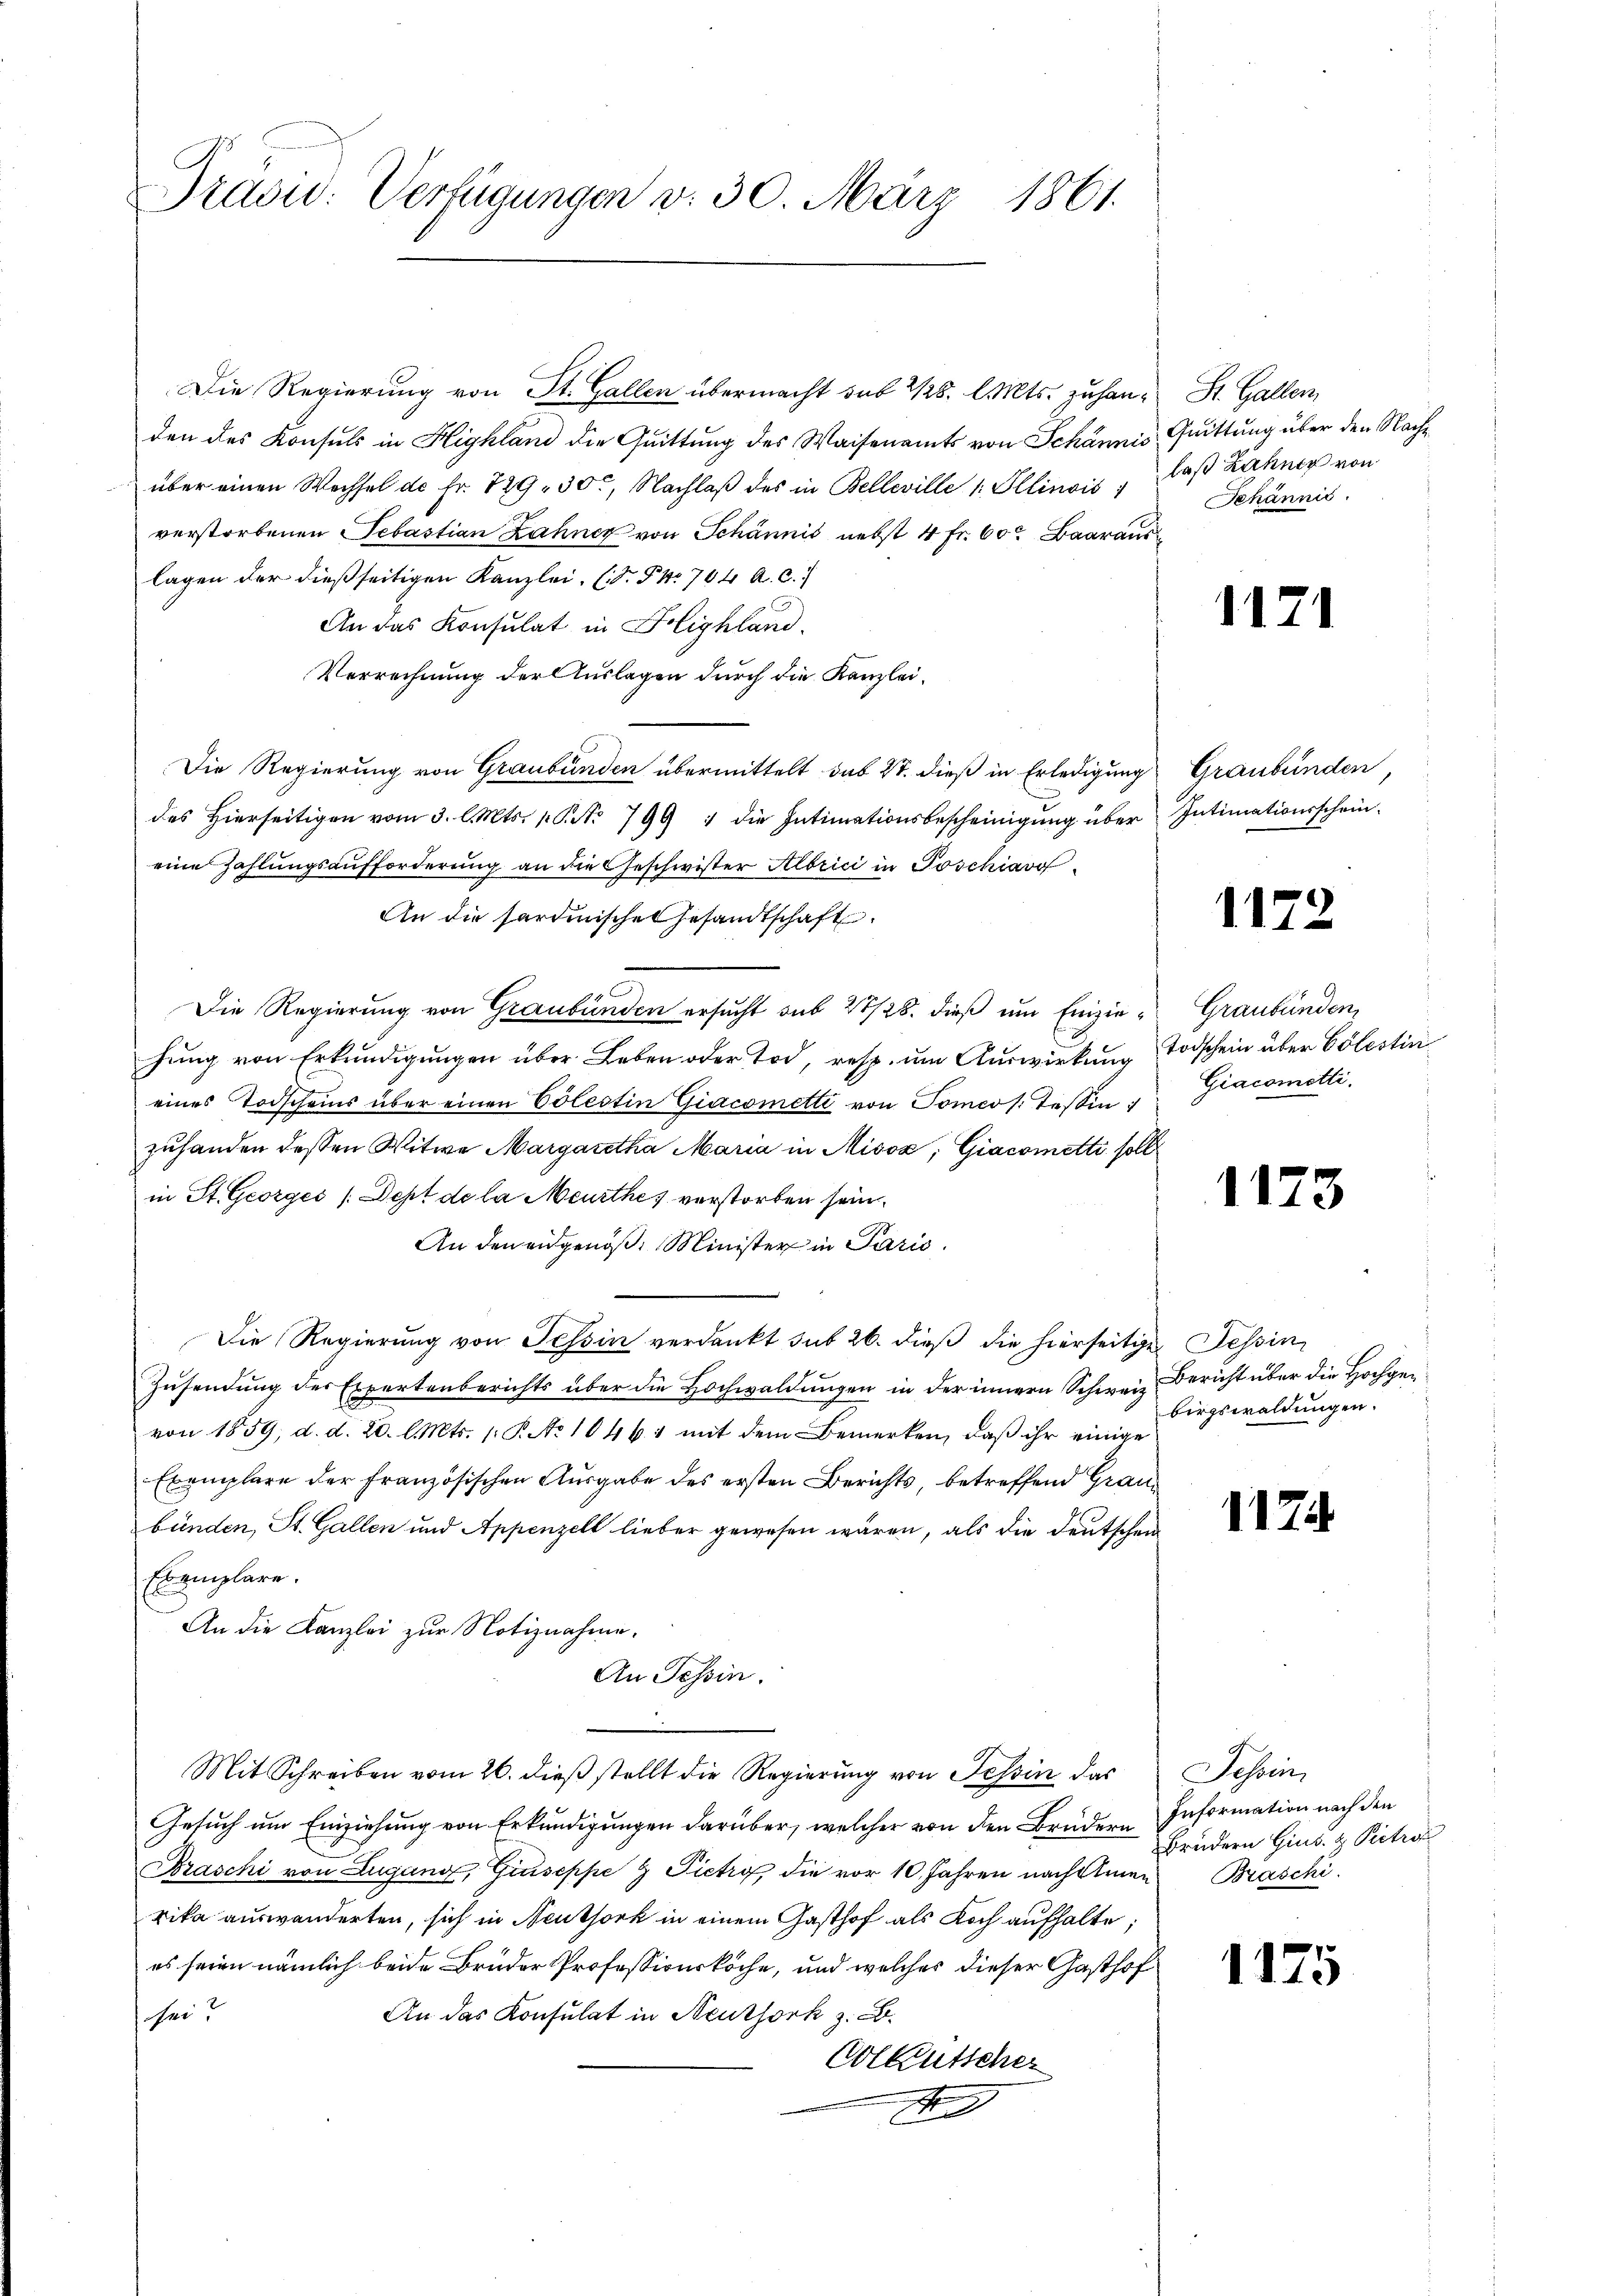
Präsu: Verfügungen v. 30. März 1861.

Die Regierung von St. Gallen übermacht sub 218. l. Mts. zu handen des Konsuls in Highlan die Quittung des Waisenamts von Schännis Quittung über den Nachüber einen Wechsel de Fr. 729. 30t, Nachlaβ des in Belleville 1. Illinoić, daß Lahner von
verstorbenen Sebastian Zahner von Schännis nebst 4 Fr. 600 Baarauslagen der dießseitigen Kanzlei. (N. P. Nr. 704 a. c.
An das Konsulat in Highland.
Verrechnung der Auslagen durch die Kanzlei¬
Die Regierung von Graubünden übermittelt das St. dieß in Erledigung Graubünden,
des hierseitigen vom 3. l. Mts. p Ct. 799 " die Intimationsbescheinigŭng über Intimationsschein-
eine Zahlungsaufforderung an die Geschwister Albrici in Poschiavo¬
An die sardinische Gesandtschaft
Die Regierung von Graubünden ersucht sub 27/28. dieß um Einzie- Graubünden,
hung von Erkundigungen über Leben oder Tod, resp. um Auswirkung Todschein über Cölestin
eines Todscheins über einen Colestin Giacomette von Pomeos. Tessin
zuhanden dessen Witwe Margaretha Maria in Misox, Giacometti soll
in St. Georges /:Dept de la Meurthes verstorben sein.
An den eidgenöß, Minister in Paris.
Die Regierung von Tessin verdankt sub 26. dieß die hierseitige Tessin¬
Zusendung des Expertenberichts über die Hochwaldungen in der innern Schweiz Bericht über die Hochgevon 1859, d. d. 20. l. Mts. 1: P. No 10461 mit dem Bemerken, daß ihr einige
Exemplare der französischen Ausgabe des ersten Berichts, betreffend Graubünden, St. Gallen und Appenzell lieber gewesen wären, als die Deutschen
Exemplare.
An die Kanzlei zur Notiznahme.
An Schin.
Mit Schreiben vom 26. dieß stellt die Regierung von Tessin, das
Gesuch um Einziehung von Erkundigungen darüber, welcher von den Brudern Information nach den
Draschi von Lugang, Giuseppe & Pietry, die vor 10 Jahren nach einen Braschi
vika auswanderten, sich in Neuthork in einem Gasthof als Koch aufhalte;
es seien nämlich beide Brüder Professionskoche, und welches dieser Gasthof
An das Konsulat in Neuthork z. B.
sei?
Colkutscher

St. Gallen
Schännis

1171

1172

Giacometti.

1173

birgswaldungen.

1174

Sessen
Brüdern Gins. & Pietrof

1175